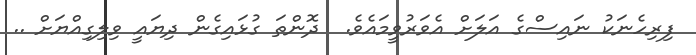
ފިރިހެނަކު ނައިސްގެ އަލަށް އެވަރުވީމައެވެ.  ދޮންތަ ގުޅައިގެން ދިޔައީ ވިލިގިއްޔަށް ..